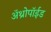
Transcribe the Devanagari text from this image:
अॅथ्रोपॉईड